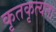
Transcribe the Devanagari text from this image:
कृतकृत्यता